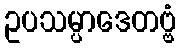
ဥပသမ္ပာဒေတဗ္ဗံ